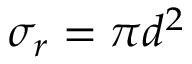
\sigma _ { r } = \pi d ^ { 2 }